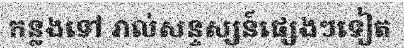
កន្លងទៅ រាល់សន្ទស្សន៍ផ្សេងៗទៀត